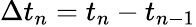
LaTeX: \Delta t_{n}={t_{n}}-{t_{n-1}}